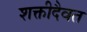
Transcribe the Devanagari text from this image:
शक्तीदैवत